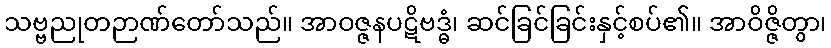
သဗ္ဗညုတဉာဏ်တော်သည်။ အာဝဇ္ဇနပဋိဗဒ္ဓံ၊ ဆင်ခြင်ခြင်းနှင့်စပ်၏။ အာဝိဇ္ဇိတွာ၊